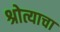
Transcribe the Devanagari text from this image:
श्रोत्याचा